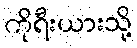
ကိုရီးယားသို့